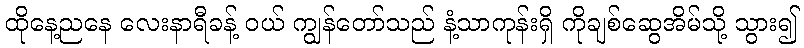
ထိုနေ့ညနေ လေးနာရီခန့် ဝယ် ကျွန်တော်သည် နံ့သာကုန်းရှိ ကိုချစ်ဆွေအိမ်သို့ သွား၍